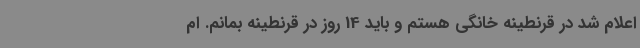
اعلام شد در قرنطینه خانگی هستم و باید 14 روز در قرنطینه بمانم. ام